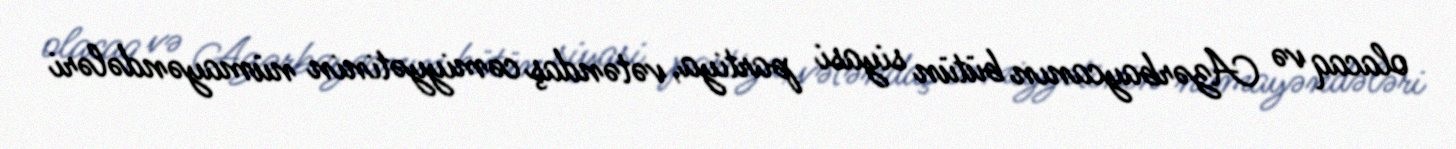
olacaq və Azərbaycanın bütün siyasi partiya, vətəndaş cəmiyyətinin nümayəndələri